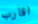
اقارب